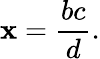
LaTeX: \mathbf{x}={\frac{{bc}}{{d}}}.